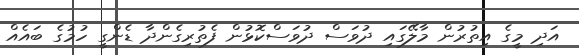
އަދި މީގެ އިތުރުން މާލޭގައި ދުވަސް ދުވަސްކޮޅުން ފެތުރިގެންދާ ޑެންގީ ހުމުގެ ބައެއް